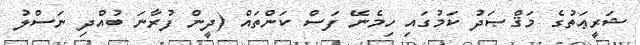
ޝަރީޢަތުގެ މަޤްޞަދު ކަމުގައި ހިމެނޭ ފަސް ކަންތައް (ދީން ފުރާނަ ބުއްދި ނަސްލު